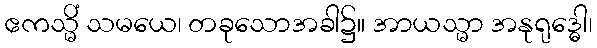
ဧကသ္မိံ သမယေ၊ တခုသောအခါ၌။ အာယသ္မာ အနုရုဒ္ဓေါ၊